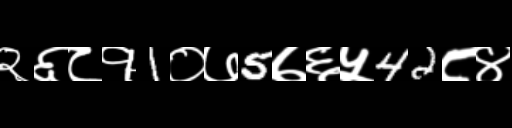
Text: २६८१1०७5७६५42८४